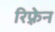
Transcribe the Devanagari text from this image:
रिफ़्रेन